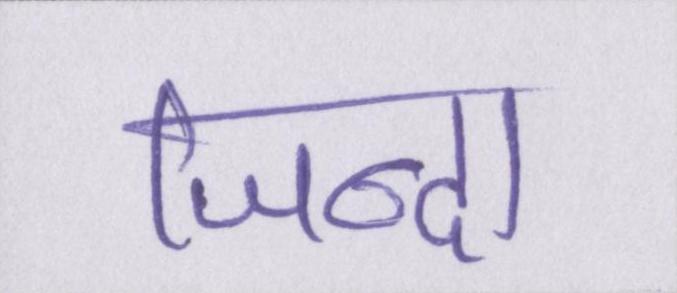
जिन्दा